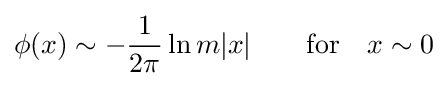
\phi (x)\sim -{\frac {1}{2\pi }}\ln {m|x|}\qquad {\rm {for}}\quad x\sim 0